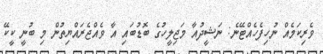
ވެރިކަމެއް ނުހިފެހެއްޓޭނެ: ނަޝީދުއާ މަޖިލީހުގެ ބޮޑުބައި އާ ވެއްޖެރައްޔިތުން މި ބުނީ ކީކޭ